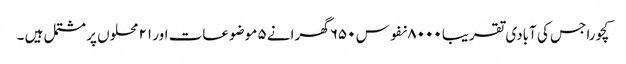
کچورا جس کی آبادی تقریبا ۸۰۰۰ نفوس ۶۵۰ گھرانے ۵ موضوعات اور ۲۱ محلوں پر مشتمل ہیں ۔